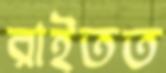
রাইতত